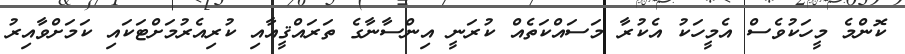
ކޮންމެ މީހަކުވެސް އެމީހަކު އެކުރާ މަސައްކަތެއް ކުރަނީ އިންސާނާގެ ތަރައްޤީއާއި ކުރިއެރުމަށްޓަކައި ކަމަށްވާއިރު